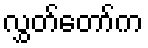
လွှတ်တော်က